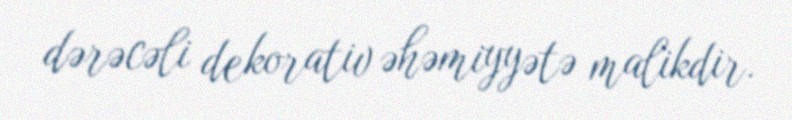
dərəcəli dekorativ əhəmiyyətə malikdir.